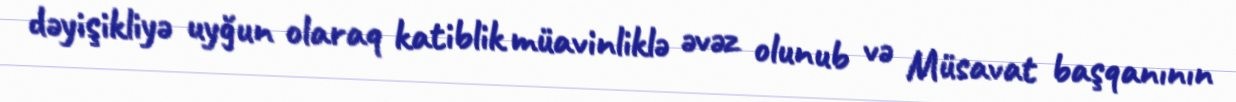
dəyişikliyə uyğun olaraq katiblik müavinliklə əvəz olunub və Müsavat başqanının